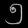
Digit: ၅